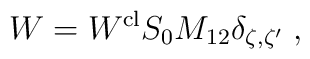
W=W^{{\rm cl}}S_{0}M_{12}\delta _{\zeta ,\zeta ^{\prime }}\;,